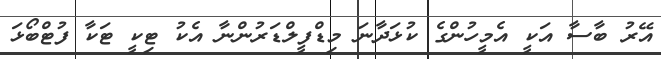
އޭރު ބާސާ އަކީ އެމީހުންގެ ކުޅަދާނަ މިޑްފީލްޑަރުންނާ އެކު ޓިކީ ޓަކާ ފުޓްބޯޅަ